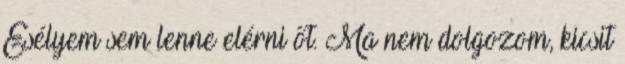
Esélyem sem lenne elérni őt. Ma nem dolgozom, kicsit